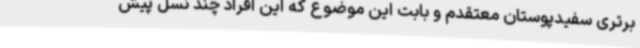
برتری سفیدپوستان معتقدم و بابت این موضوع که این افراد چند نسل پیش